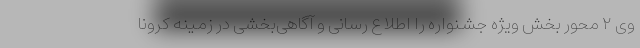
وی ۲ محور بخش ویژه جشنواره را اطلاع‌ رسانی و آگاهی‌بخشی در زمینه کرونا